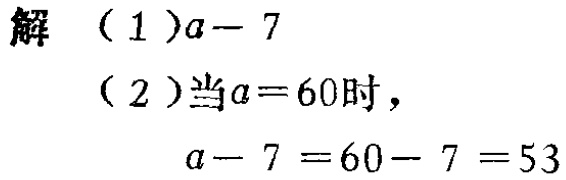
解

（1）\(a - 7\)

（2）当\(a = 60\)时，

\(a - 7 = 60 - 7 = 53\)